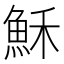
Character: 穌